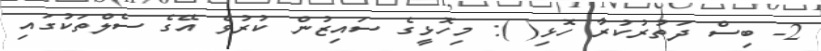
2- ބިސް ދަތުރުކުރާ ހޮޅި( ): މިހޮޅީގެ ސައިޒުން ކުރުވެ އޭގެ ސެލްތަކުގައި